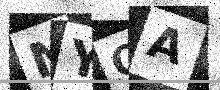
Text: NYOA